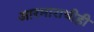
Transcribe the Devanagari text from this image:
आरमाराचीही